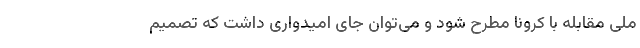
ملی مقابله با کرونا مطرح شود و می‌توان جای امیدواری داشت که تصمیم